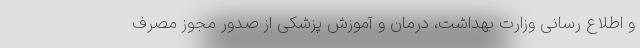
و اطلاع رسانی وزارت بهداشت، درمان و آموزش پزشکی از صدور مجوز مصرف